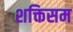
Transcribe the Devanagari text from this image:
शक्तिसम